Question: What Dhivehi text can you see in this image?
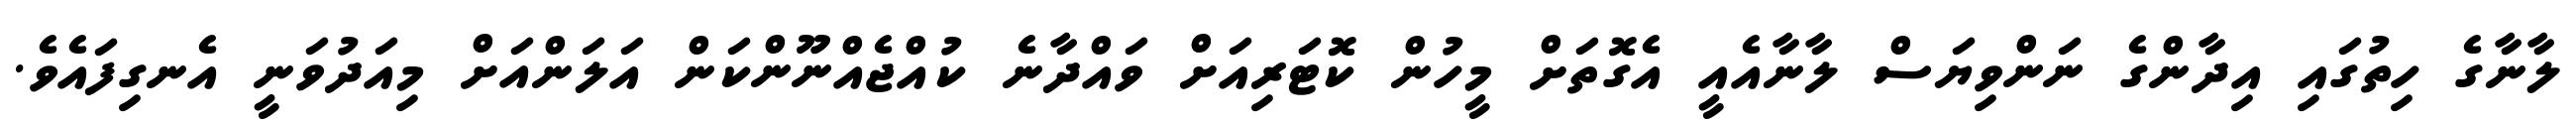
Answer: ލާނާގެ ހިތުގައި އިދާންގެ ނަންވިޔަސް ލާނާއެއީ އެގޮތަށް މީހުން ކޮޓަރިއަށް ވައްދާނެ ކުއްޖެއްނޫންކަން އަލަންއަށް މިއަދުވަނީ އެނގިފައެވެ.